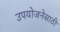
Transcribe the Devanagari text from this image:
उपयोजनेसाठी